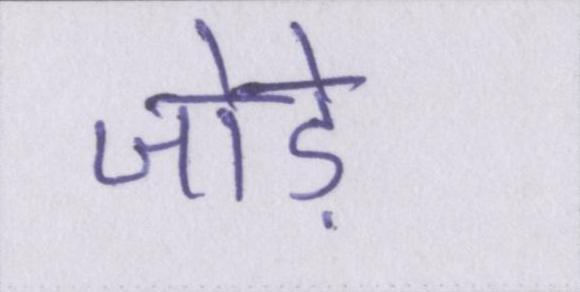
जोड़े